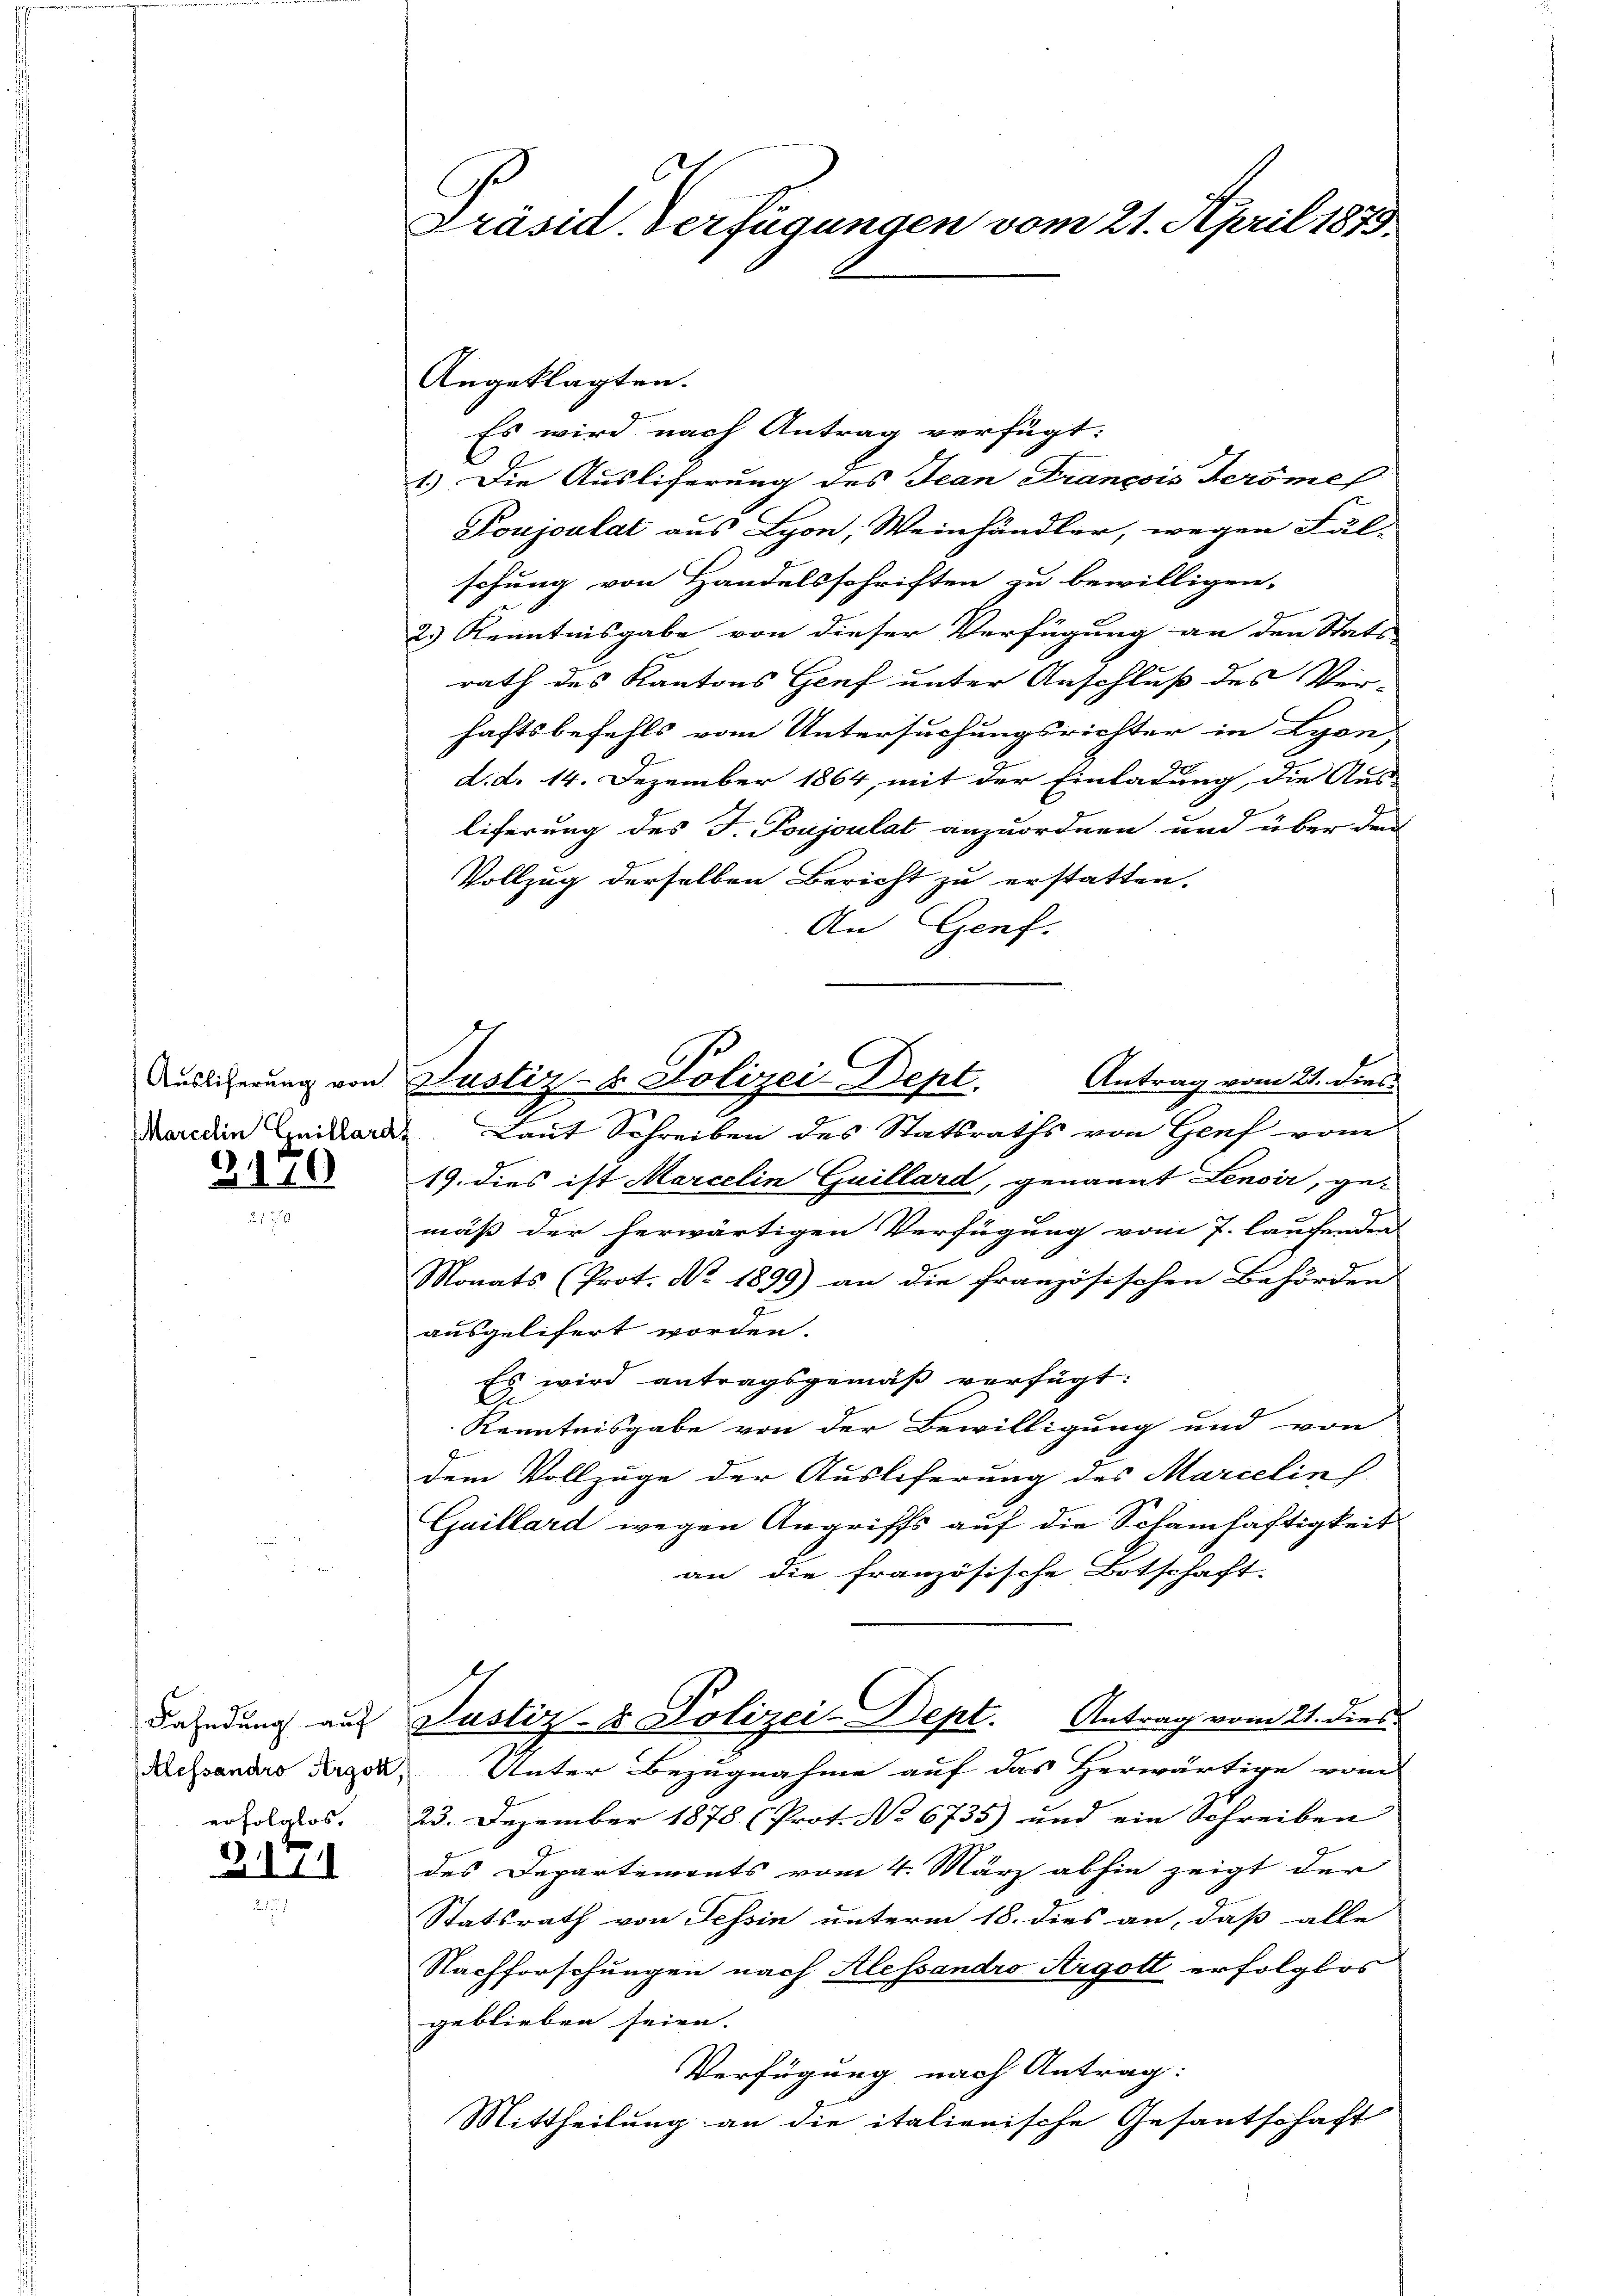
2110

Fahndung auf
Alessandro Argok,
erfolglos.

2171

Präsid. Verfügungen vom 21. April 1875

Angeklagten.
Es wird nach Antrag verfügt:
1.) Die Ausliferung des Jean François Teröme
Poujoulat aus Lyon, Weinhändler, wegen Fäl-
schung von Handelsschriften zu bewilligen.
2.) Kenntnisgabe von dieser Verfügung an den Stats-
rath des Kantons Genf unter Anschluß des Ver-
haftsbefehls vom Untersuchungsrichter in Lyon,
d. d. 14. Dezember 1864, mit der Einladung, die Aus-
liferung des J. Poujoulat anzuordnen und über den
Vollzug derselben Bericht zu erstatten.
An Genf.
Marcdin Erikarde. Laut Schreiben des Statsraths von Genf vom
19. dies ist Marcelin Guillard, genannt Lenoir, ge-
mäß der herwärtigen Verfügung vom 7. laufenden
Monats (Prot. No. 1899) an die französischen Behörden
ausgelifert worden.
Es wird antragsgemäß verfügt:
C
Kenntnisgabe von der Bewilligung und von
dem Vollzuge der Auslieferung des Marcelin
Caillard wegen Angriffs auf die Schamhaftigkeit
an die französische Botschaft.
Justiz- & Polizei-Dept. Antrag vom 21. dies
3
Unter Bezugnahme auf das Herwärtige vom
23. Dezember 1878 (Prot. No 6735) und ein Schreiben
des Departements vom 4. März abhin zeigt der
Statsrath von Tessin unterm 18. dies an, daß alle
Nachforschungen nach Alessandro Argott erfolglos
geblieben seien.
Verfügung nach Antrag:
Mittheilung an die italienische Gesantschaft

Auslicherung von Justiz- & Polizei-Dept.

Antrag vom 21. dies